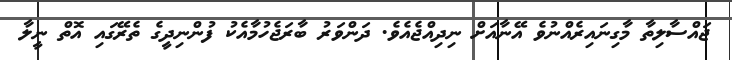
ޖައްސާލިތާ މާގިނައިރެއްނުވެ އޭނާއަށް ނިދިއްޖެއެވެ. ދަންވަރު ބާރަޖެހުމާއެކު ފުންނިދީގެ ތެރޭގައި އޮތް ނީލާ